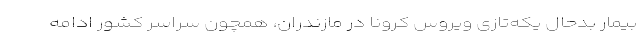
بیمار بدحال یکه‌تازی ویروس کرونا در مازندران، همچون سراسر کشور ادامه